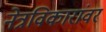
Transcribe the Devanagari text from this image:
नेत्रविकारांवर